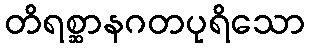
တိရစ္ဆာနဂတပုရိသော